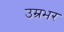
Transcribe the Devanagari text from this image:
उम्रभर